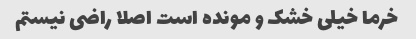
خرما خیلی خشک و مونده است اصلا راضی نیستم